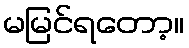
မမြင်ရတော့။